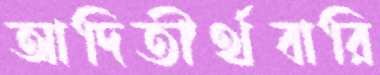
আদিতীর্থবারি